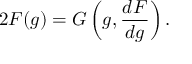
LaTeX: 2 F ( g ) = G \left( g , \frac { d F } { d g } \right) .